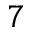
7